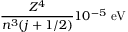
{ \frac { Z ^ { 4 } } { n ^ { 3 } ( j + 1 / 2 ) } } 1 0 ^ { - 5 } { \mathrm { ~ e V } }